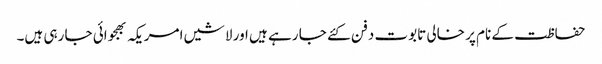
حفاظت کے نام پر خالی تابوت دفن کئے جا رہے ہیں اور لاشیں امریکہ بھجوائی جا رہی ہیں۔